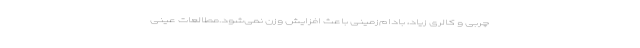
چربی و کالری زیاد، بادام‌زمینی باعث افزایش وزن نمی‌شود.مطالعات عینی